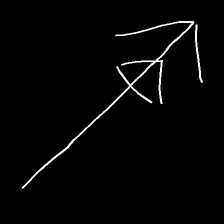
Glyph: pull